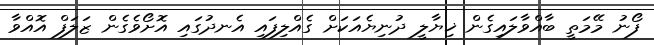
ފޯނު މޭމަތީ ބާއްވާލައިގެން ޚިޔާލީ ދުނިޔެއަކަށް ގެއްލިފައި އެނދުގައި އޮށޯވެގެން ޒަލަފް އޮއްވާ